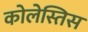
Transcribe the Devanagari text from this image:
कोलेस्तिस